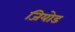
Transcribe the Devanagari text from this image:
जियोड